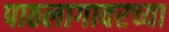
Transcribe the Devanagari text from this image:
पाठलागावरच्या